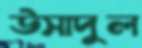
উসাদুল